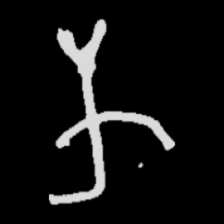
Pyu character \u2014 Myanmar letter: က (romanized: ka)